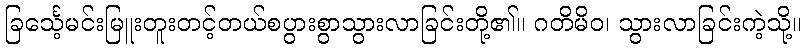
ခြင်္သေ့မင်းမြူးတူးတင့်တယ်စပွားစွာသွားလာခြင်းတို့၏။ ဂတိမိဝ၊ သွားလာခြင်းကဲ့သို့။